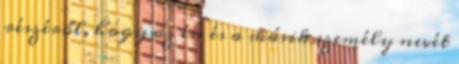
részéről, hogy az én és a másik személy nevét